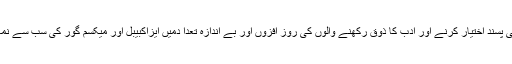
مگر ادبی پسند اختیار کرنے اور ادب کا ذوق رکھنے والوں کی روز افزوں اور بے اندازہ تعدا دمیں ایزاکبیبل اور میکسم گور کی سب سے نمایاں ہیں۔